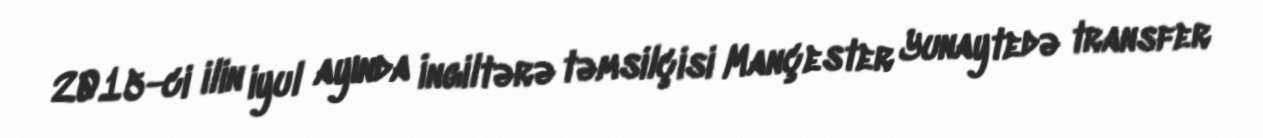
2015-ci ilin iyul ayında İngiltərə təmsilçisi Mançester Yunaytedə transfer